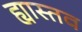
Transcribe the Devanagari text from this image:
ह्यास्तव